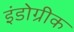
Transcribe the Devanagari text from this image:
इंंडोग्रीक